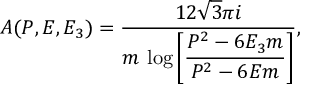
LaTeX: A ( P , E , E _ { 3 } ) = { \frac { 1 2 \sqrt { 3 } \pi i } { m ~ \displaystyle { \log \left[ { \frac { P ^ { 2 } - 6 E _ { 3 } m } { P ^ { 2 } - 6 E m } } \right] } } } ,